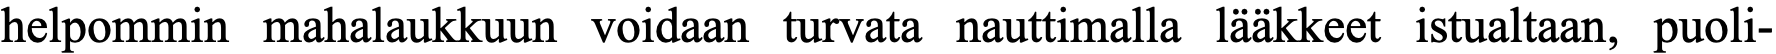
helpommin mahalaukkuun voidaan turvata nauttimalla lääkkeet istualtaan, puoli-